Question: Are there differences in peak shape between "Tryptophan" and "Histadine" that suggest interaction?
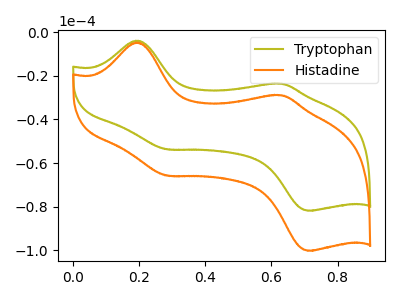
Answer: <think>The olive curve "Tryptophan" has anodic peaks at (0.20V, -3.80uA) (0.65V, -23.60uA) and cathodic peaks at (0.30V, -53.70uA) (0.70V, -81.85uA). The orange curve "Histadine" has anodic peaks at (0.20V, -4.70uA) (0.65V, -28.85uA) and cathodic peaks at (0.30V, -65.75uA) (0.70V, -100.25uA).
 All the peaks in "Tryptophan" have a peak in "Histadine" at the same potential.</think>
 <answer>No, "Tryptophan" and "Histadine" don't appear to be significantly different in shape</answer>
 <eval>no_change</eval>